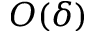
O ( \delta )